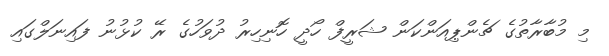
މި މުބާރާތުގެ ޗެންޕިއަންކަން ޝަރީފް ހޯދީ ހޮނިހިރު ދުވަހުގެ ރޭ ކުޅުނު ފައިނަލްގައި